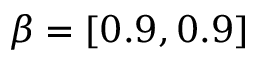
\beta = [ 0 . 9 , 0 . 9 ]